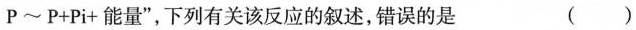
P~P+Pi+能量”，下列有关该反应的叙述，错误的是 ()